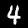
Label: 4